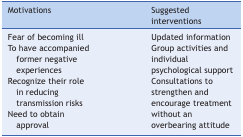
<table><thead><tr><td><b>Motivations</b></td><td><b>Suggested interventions</b></td></tr></thead><tbody><tr><td>Fear of becoming ill</td><td>Updated information</td></tr><tr><td>To have accompanied former negative experiences</td><td>Group activities and individual psychological support</td></tr><tr><td>Recognize their role in reducing transmission risks</td><td>Consultations to strengthen and encourage treatment without an overbearing attitude</td></tr><tr><td>Need to obtain approval</td><td> </td></tr></tbody></table>